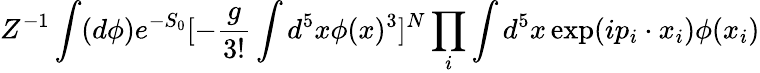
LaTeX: Z^{-1}\int(d\phi)e^{-S_{0}}[-\frac{g}{3!}\int d^{5}x\phi(x)^{3}]^{N}\prod_{i}\int d^{5}x\exp(ip_{i}\cdot x_{i})\phi(x_{i})